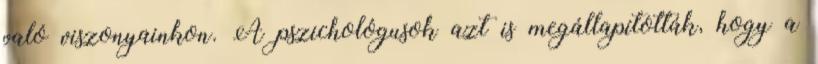
való viszonyainkon. A pszichológusok azt is megállapították, hogy a